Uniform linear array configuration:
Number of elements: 32
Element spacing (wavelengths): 0.25
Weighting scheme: hamming
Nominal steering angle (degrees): -45
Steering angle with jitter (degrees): -43.318
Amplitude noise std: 0.05
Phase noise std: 0.05

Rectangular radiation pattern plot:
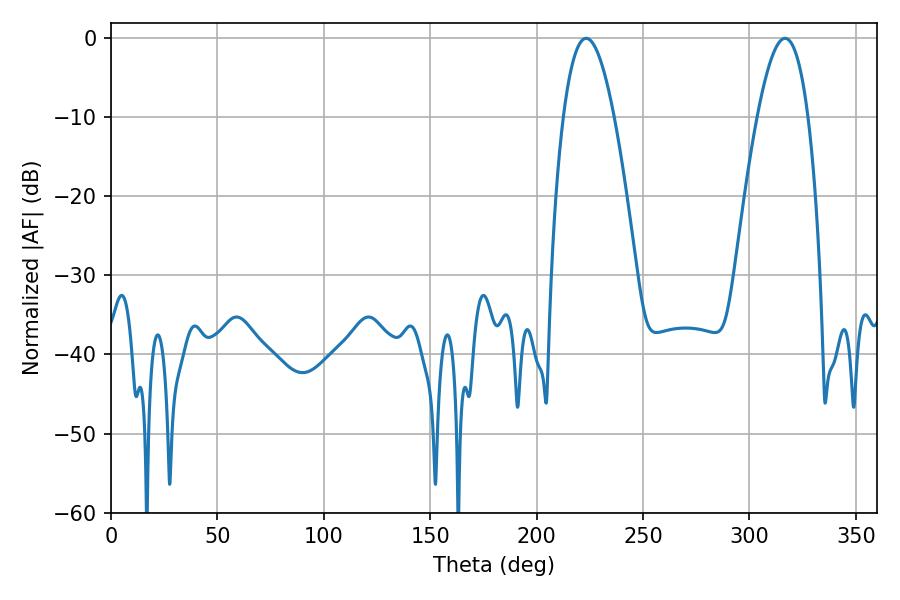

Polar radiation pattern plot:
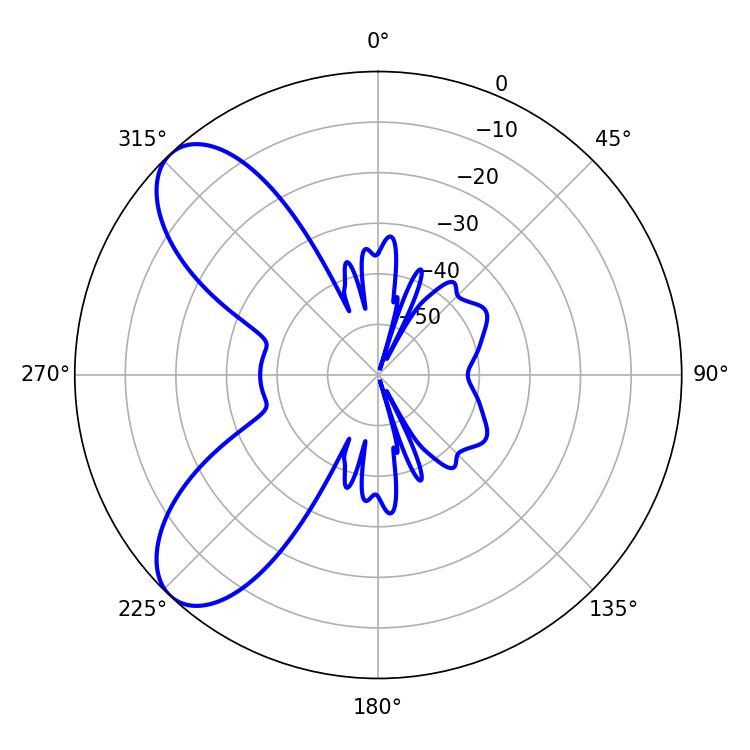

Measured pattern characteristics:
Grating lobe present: FALSE
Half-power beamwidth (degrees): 13.14
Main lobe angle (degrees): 223.2